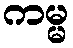
ကမ္မ